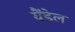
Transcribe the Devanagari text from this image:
यैंडेल